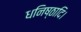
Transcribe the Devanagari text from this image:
धनिष्ठादि।